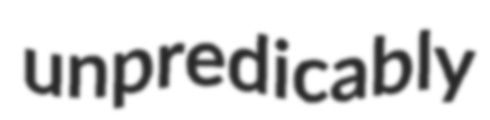
unpredicably